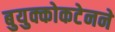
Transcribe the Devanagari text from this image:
बुयुक्कोकटेनने